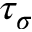
\tau _ { \sigma }